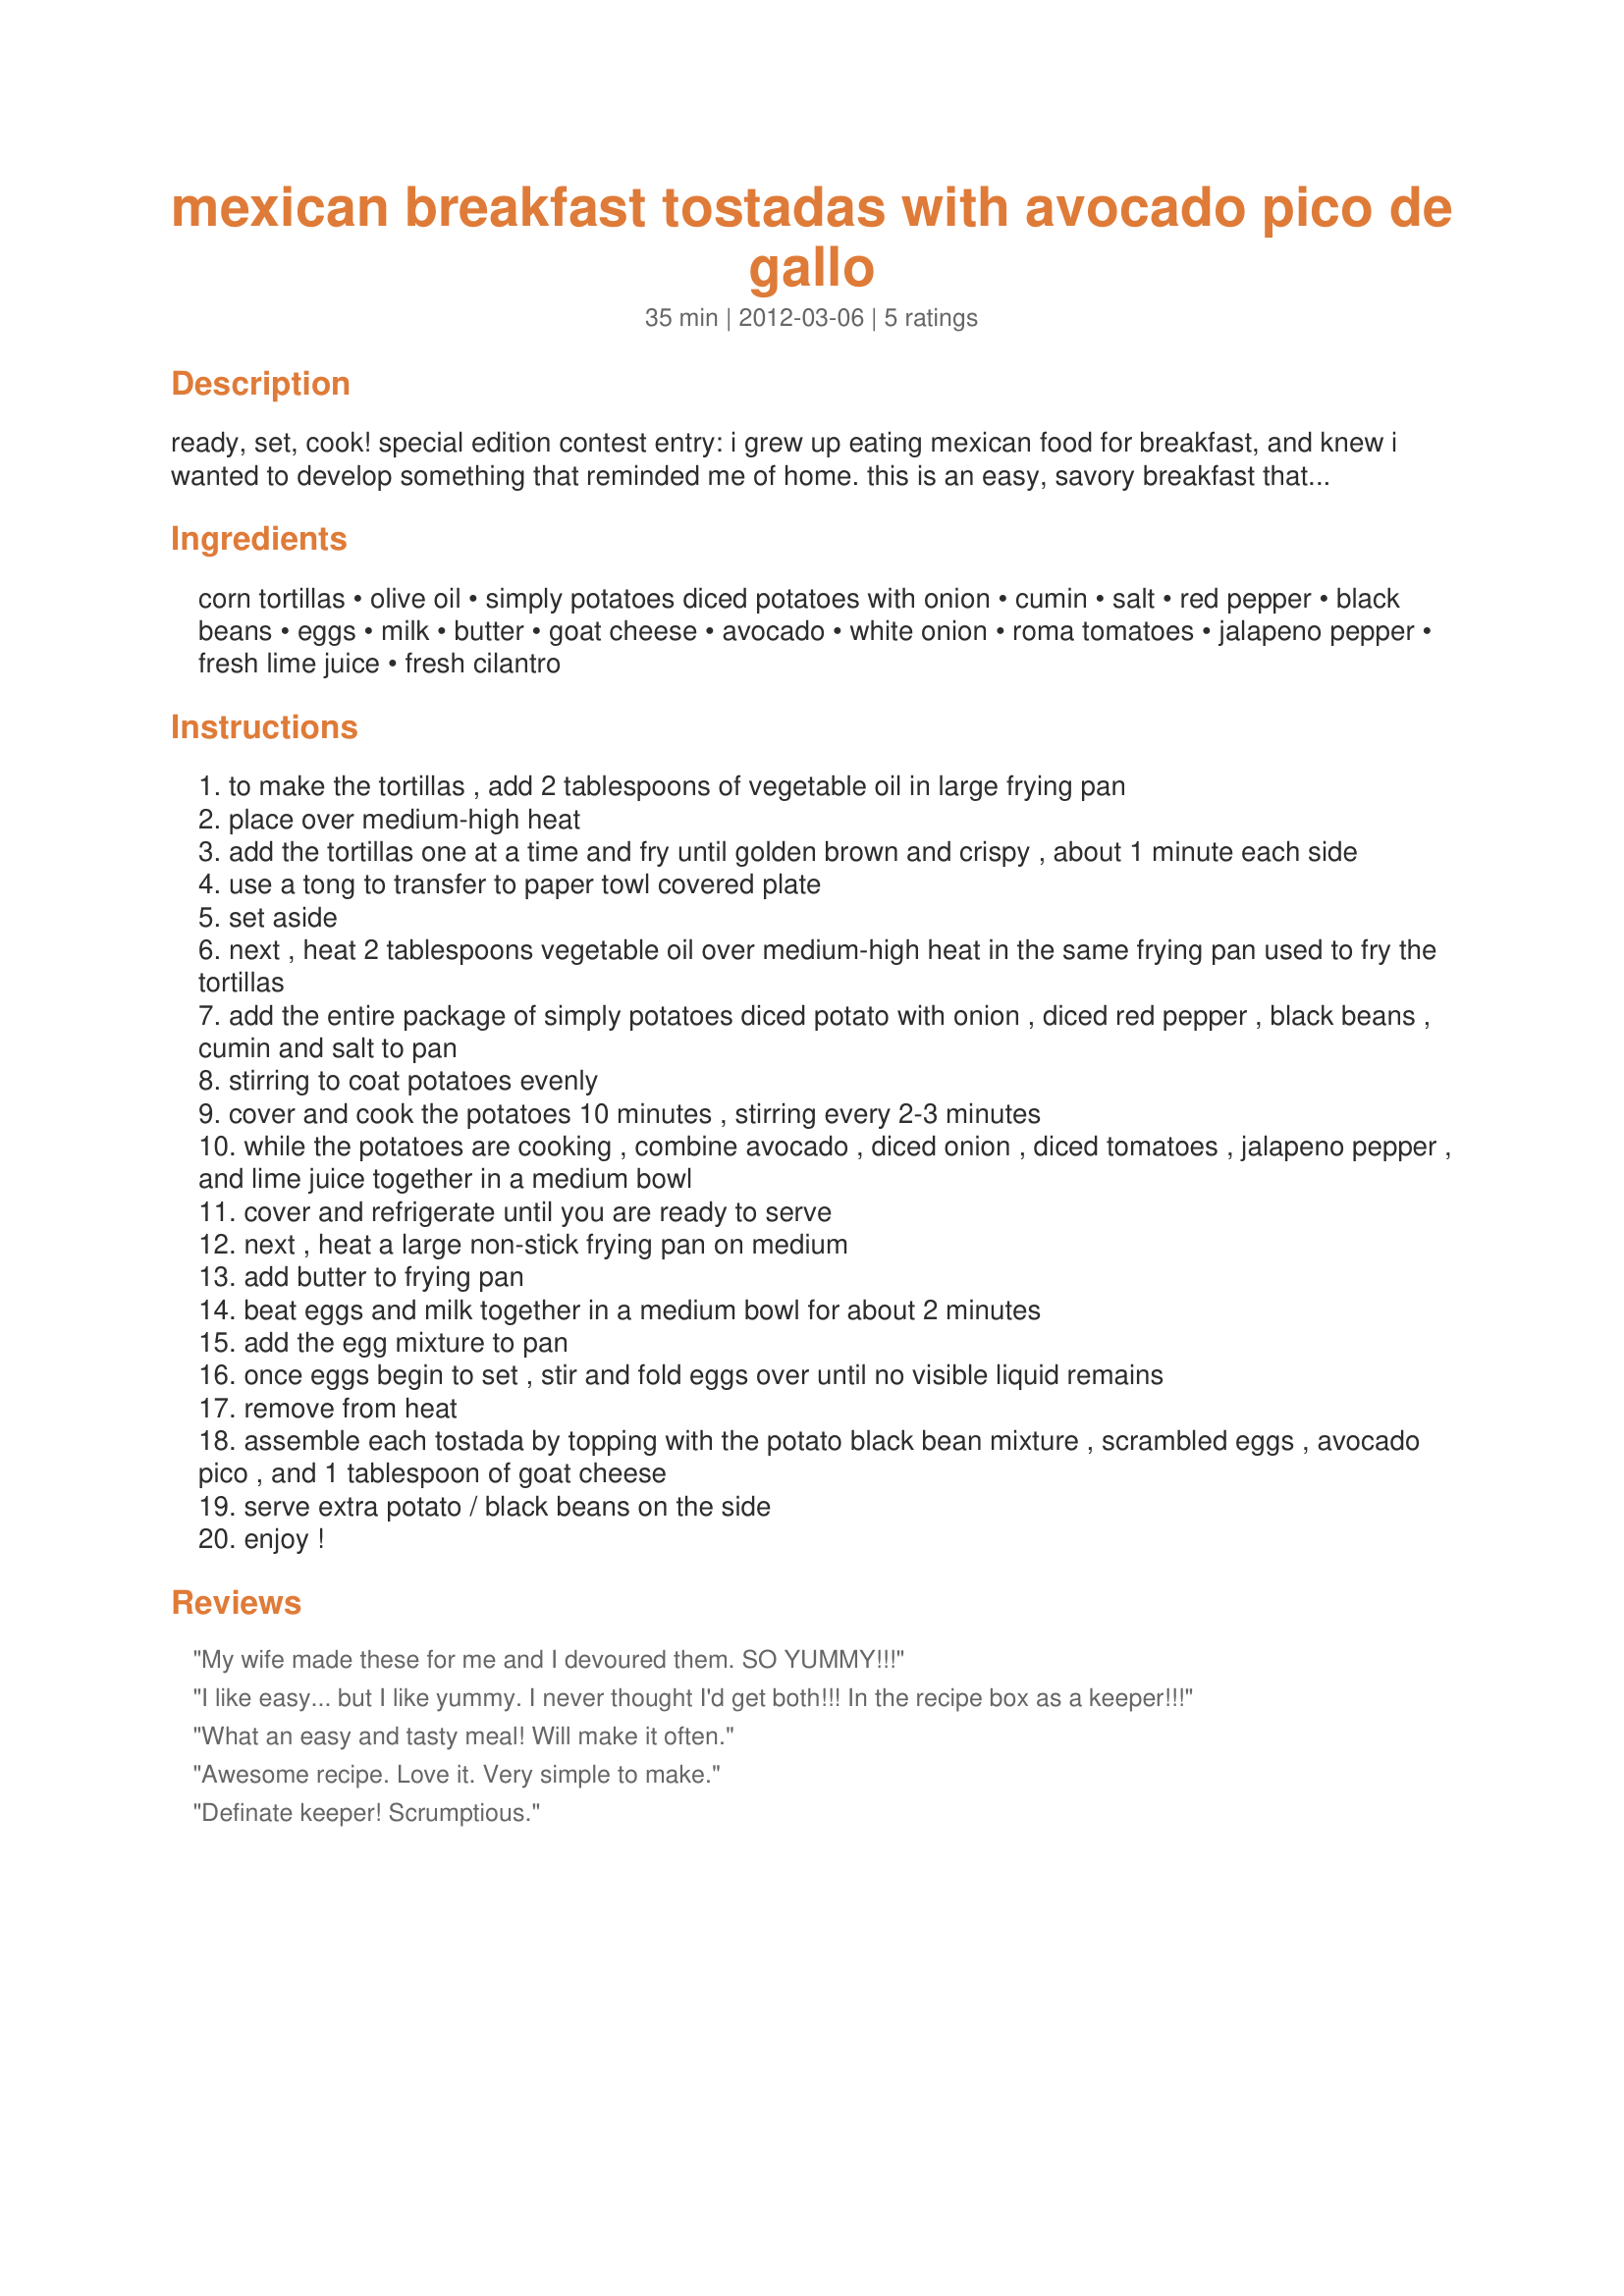
mexican breakfast tostadas with avocado pico de gallo
Preparation time: 35 minutes

ready, set, cook! special edition contest entry: i grew up eating mexican food for breakfast, and knew i wanted to develop something that reminded me of home. this is an easy, savory breakfast that anyone can put together in the morning. it's not overly time consuming, and the end result is a beautiful breakfast meal. the avocado pico is the perfect compliment to the cumin spiced potatoes, black beans, and eggs. top with sour cream if desired. enjoy!

Ingredients:
corn tortillas, olive oil, simply potatoes diced potatoes with onion, cumin, salt, red pepper, black beans, eggs, milk, butter, goat cheese, avocado, white onion, roma tomatoes, jalapeno pepper, fresh lime juice, fresh cilantro

Steps:
to make the tortillas , add 2 tablespoons of vegetable oil in large frying pan
place over medium-high heat
add the tortillas one at a time and fry until golden brown and crispy , about 1 minute each side
use a tong to transfer to paper towl covered plate
set aside
next , heat 2 tablespoons vegetable oil over medium-high heat in the same frying pan used to fry the tortillas
add the entire package of simply potatoes diced potato with onion , diced red pepper , black beans , cumin and salt to pan
stirring to coat potatoes evenly
cover and cook the potatoes 10 minutes , stirring every 2-3 minutes
while the potatoes are cooking , combine avocado , diced onion , diced tomatoes , jalapeno pepper , and lime juice together in a medium bowl
cover and refrigerate until you are ready to serve
next , heat a large non-stick frying pan on medium
add butter to frying pan
beat eggs and milk together in a medium bowl for about 2 minutes
add the egg mixture to pan
once eggs begin to set , stir and fold eggs over until no visible liquid remains
remove from heat
assemble each tostada by topping with the potato black bean mixture , scrambled eggs , avocado pico , and 1 tablespoon of goat cheese
serve extra potato / black beans on the side
enjoy !

Reviews:
My wife made these for me and I devoured them. SO YUMMY!!!
I like easy... but I like yummy. I never thought I'd get both!!! In the recipe box as a keeper!!!
What an easy and tasty meal! Will make it often.
Awesome recipe. Love it. Very simple to make.
Definate keeper! Scrumptious.
